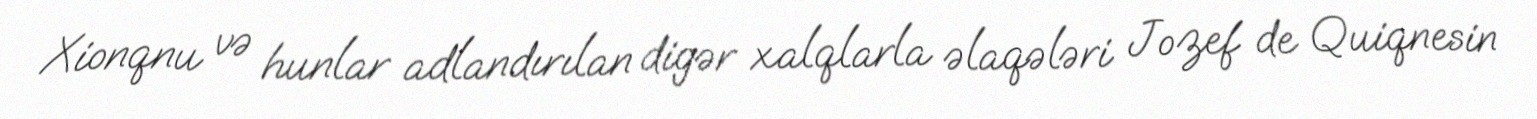
Xionqnu və hunlar adlandırılan digər xalqlarla əlaqələri Jozef de Quiqnesin